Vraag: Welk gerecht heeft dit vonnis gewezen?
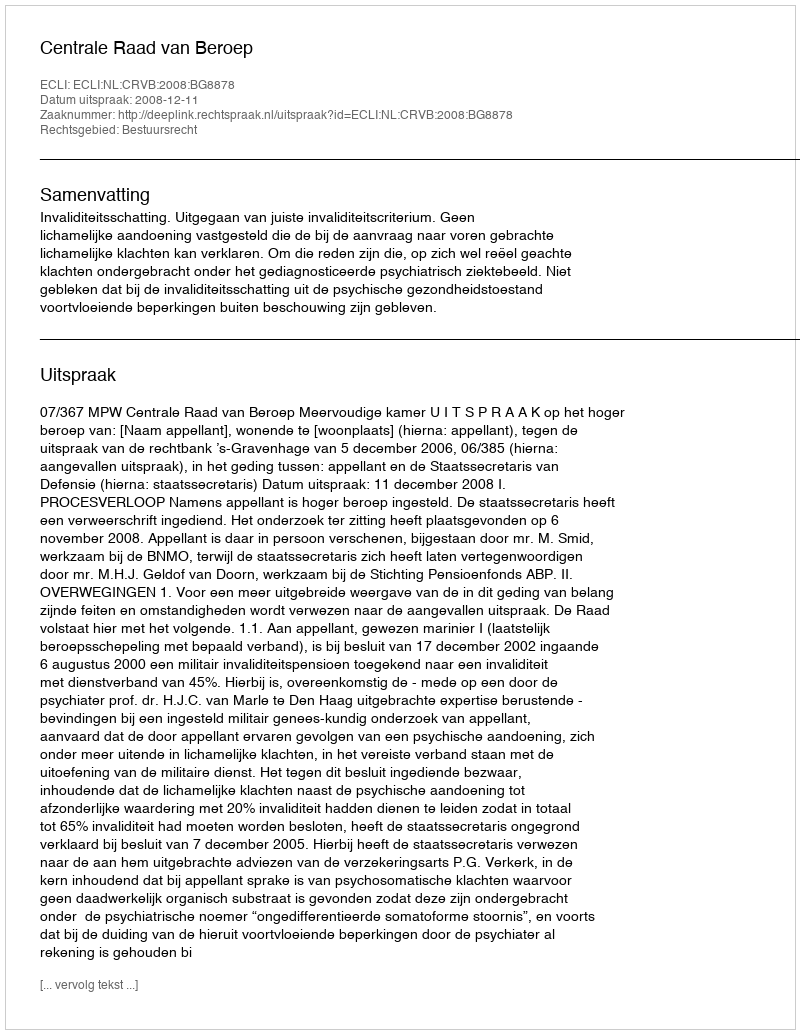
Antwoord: Centrale Raad van Beroep